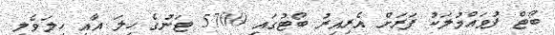
ބޯޓް ފުވައްމުލަކު ފަރަށް އެރިއިރު ބޯޓުގައި 5700 ޓަނުގެ ހިލަ އާއި ހިލަވެލި